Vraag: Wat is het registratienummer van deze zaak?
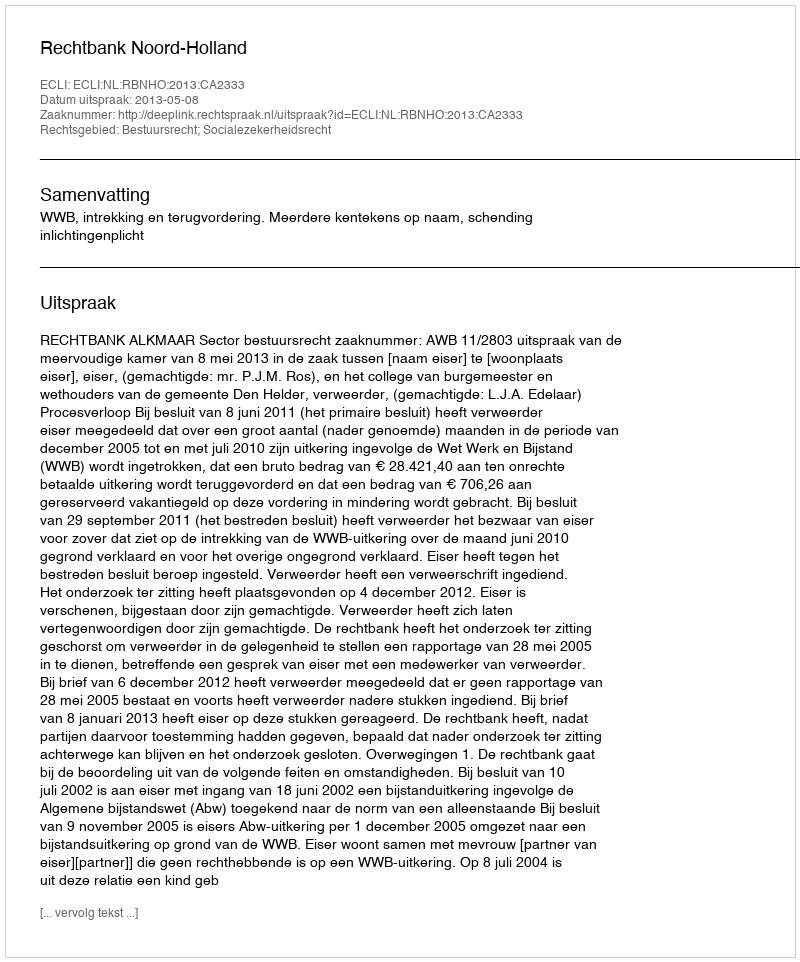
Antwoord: http://deeplink.rechtspraak.nl/uitspraak?id=ECLI:NL:RBNHO:2013:CA2333